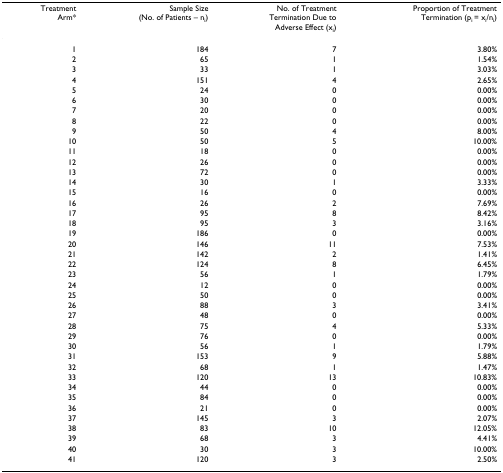
| Treatment Arm* | Sample Size (No. of Patients – ni) | No. of TreatmentTermination Due toAdverse Effect (xi) | Proportion of Treatment Termination (pi = xi/ni) |
 | --- | --- | --- | --- |
 | 1 | 184 | 7 | 3.80% |
 | 2 | 65 | 1 | 1.54% |
 | 3 | 33 | 1 | 3.03% |
 | 4 | 151 | 4 | 2.65% |
 | 5 | 24 | 0 | 0.00% |
 | 6 | 30 | 0 | 0.00% |
 | 7 | 20 | 0 | 0.00% |
 | 8 | 22 | 0 | 0.00% |
 | 9 | 50 | 4 | 8.00% |
 | 10 | 50 | 5 | 10.00% |
 | 11 | 18 | 0 | 0.00% |
 | 12 | 26 | 0 | 0.00% |
 | 13 | 72 | 0 | 0.00% |
 | 14 | 30 | 1 | 3.33% |
 | 15 | 16 | 0 | 0.00% |
 | 16 | 26 | 2 | 7.69% |
 | 17 | 95 | 8 | 8.42% |
 | 18 | 95 | 3 | 3.16% |
 | 19 | 186 | 0 | 0.00% |
 | 20 | 146 | 11 | 7.53% |
 | 21 | 142 | 2 | 1.41% |
 | 22 | 124 | 8 | 6.45% |
 | 23 | 56 | 1 | 1.79% |
 | 24 | 12 | 0 | 0.00% |
 | 25 | 50 | 0 | 0.00% |
 | 26 | 88 | 3 | 3.41% |
 | 27 | 48 | 0 | 0.00% |
 | 28 | 75 | 4 | 5.33% |
 | 29 | 76 | 0 | 0.00% |
 | 30 | 56 | 1 | 1.79% |
 | 31 | 153 | 9 | 5.88% |
 | 32 | 68 | 1 | 1.47% |
 | 33 | 120 | 13 | 10.83% |
 | 34 | 44 | 0 | 0.00% |
 | 35 | 84 | 0 | 0.00% |
 | 36 | 21 | 0 | 0.00% |
 | 37 | 145 | 3 | 2.07% |
 | 38 | 83 | 10 | 12.05% |
 | 39 | 68 | 3 | 4.41% |
 | 40 | 30 | 3 | 10.00% |
 | 41 | 120 | 3 | 2.50% |